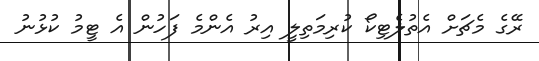
ރޭގެ މެޗަށް އެތުލެޓިކޯ ކުރިމަތިލީ އިރު އެންމެ ފަހުން އެ ޓީމު ކުޅުނު